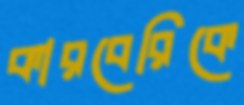
কারবেরিকে